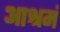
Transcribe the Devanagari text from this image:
आश्रमं